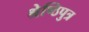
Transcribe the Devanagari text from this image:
श्रेष्ठिपुत्र